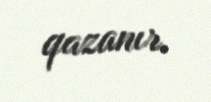
qazanır.